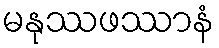
မနုဿဖဿာနံ